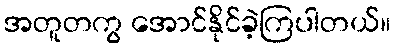
အတူတကွ အောင်နိုင်ခဲ့ကြပါတယ်။